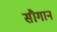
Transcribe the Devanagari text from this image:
सौगान